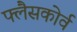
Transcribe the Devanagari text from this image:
फ्लैसकोर्व